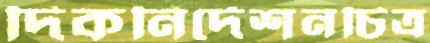
দিকনির্দেশনচিত্র